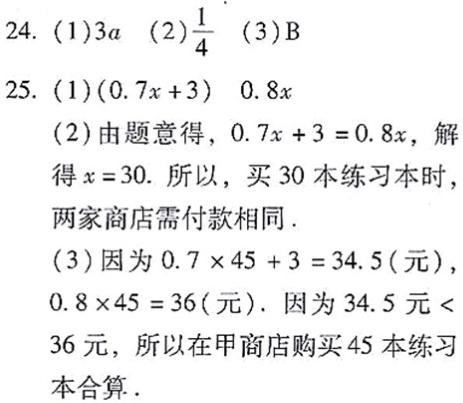
24. (1)$3a$  (2)$\frac{1}{4}$  (3)B
25. (1)$(0.7x + 3)$  $0.8x$
(2)由题意得，$0.7x + 3 = 0.8x$，解得$x = 30$. 所以，买$30$本练习本时两家商店需付款相同.
(3)因为$0.7\times45 + 3 = 34.5$(元)，$0.8\times45 = 36$(元). 因为$34.5$元$<36$元，所以在甲商店购买$45$本练习本合算.